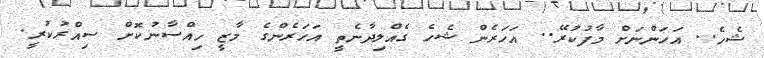
ޝެހެ.. އަހަންނަށް މާފުކުރޭ.. އަހަރެން ޝެހެ ގެއްލިދާނެތީ އަހަރެންގެ މާޒީ ހިއްސާނުކޮށް ސިއްރުކުރީ.